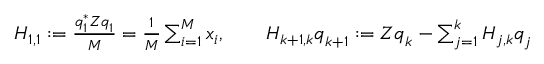
\begin{array} { r } { \boldsymbol { H } _ { 1 , 1 } : = \frac { \boldsymbol { q } _ { 1 } ^ { \ast } \boldsymbol { Z } \boldsymbol { q } _ { 1 } } { M } = \frac { 1 } { M } \sum _ { i = 1 } ^ { M } x _ { i } , \qquad \boldsymbol { H } _ { k + 1 , k } \boldsymbol { q } _ { k + 1 } : = \boldsymbol { Z } \boldsymbol { q } _ { k } - \sum _ { j = 1 } ^ { k } \boldsymbol { H } _ { j , k } \boldsymbol { q } _ { j } \quad } \end{array}